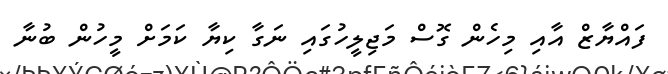
ފައްޔާޒް އާއި މިހެން ގޮސް މަޖިލީހުގައި ނަގާ ކިޔާ ކަމަށް މީހުން ބުނާ